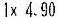
1X 4.90